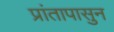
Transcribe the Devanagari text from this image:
प्रांतापासुन